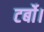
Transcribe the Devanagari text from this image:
टर्बो।